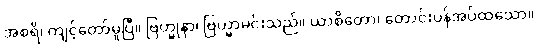
အစရိ၊ ကျင့်တော်မူပြီ။ ဗြဟ္မုနာ၊ ဗြဟ္မာမင်းသည်။ ယာစိတော၊ တောင်းပန်အပ်ထသော။